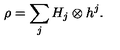
\rho = \sum _ { j } H _ { j } \otimes h ^ { j } .